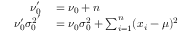
\begin{array} { r l } { \nu _ { 0 } ^ { \prime } } & { { } = \nu _ { 0 } + n } \\ { \nu _ { 0 } ^ { \prime } { \sigma _ { 0 } ^ { 2 } } ^ { \prime } } & { { } = \nu _ { 0 } \sigma _ { 0 } ^ { 2 } + \sum _ { i = 1 } ^ { n } ( x _ { i } - \mu ) ^ { 2 } } \end{array}